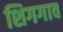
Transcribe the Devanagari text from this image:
शिगगाव